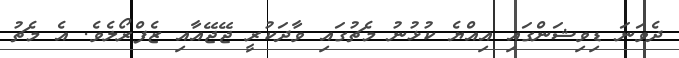
ދެވަނަ ޑިވިޝަންގައި އިއްޔެ ކުޅުނު މެޗުގައި ވާދަކުރީ ޖޭޖޭއާއި ޒެފްރޯލެވެ. އެ މެޗު